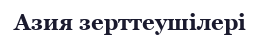
Азия зерттеушілері